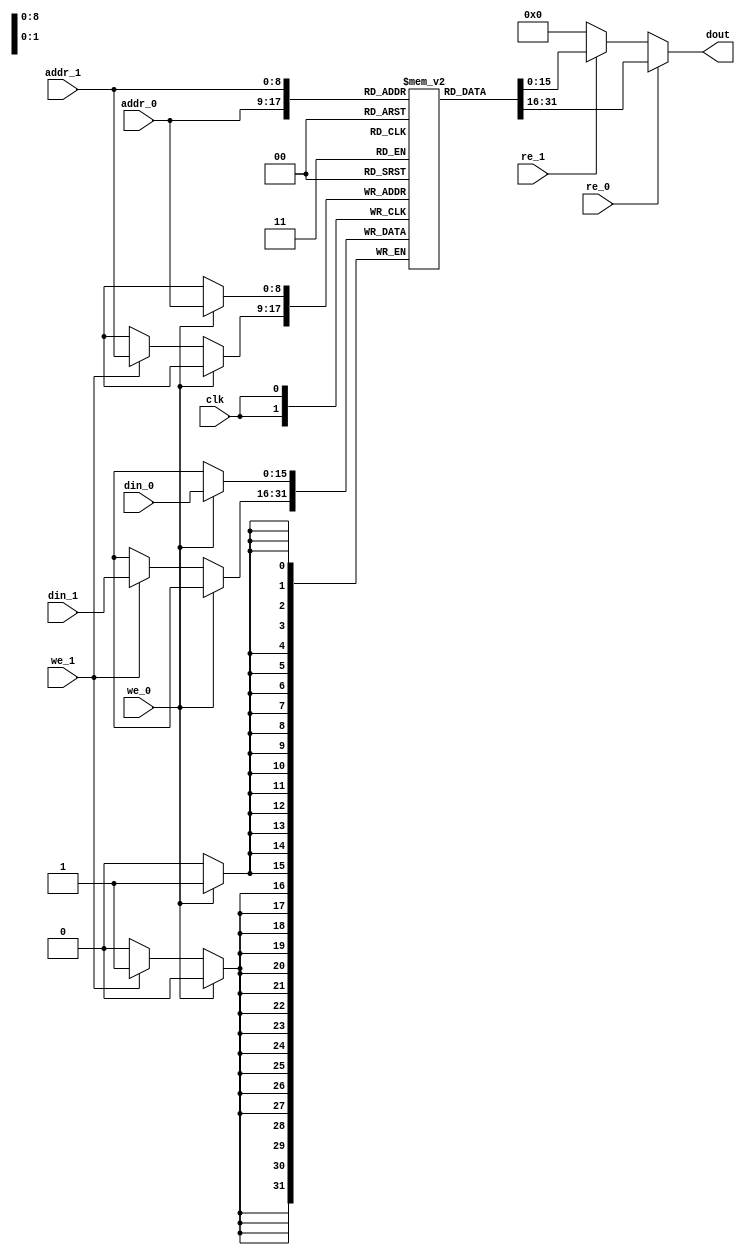
///////////////////////////////////////////////////////////////////////////////////////////////////
// Company: <Name>
//
// File history:
//      <Revision number>: <Date>: <Comments>
//      <Revision number>: <Date>: <Comments>
//      <Revision number>: <Date>: <Comments>
//
// Description: 
//
// <Description here>
//
// Targeted device: <Family::SmartFusion2> <Die::M2S050> <Package::484 FBGA>
//
/////////////////////////////////////////////////////////////////////////////////////////////////// 

`timescale 1ns / 100ps

module ADCMEM_DP (
    input wire clk,

    input wire [8:0] addr_0,
    input wire [15:0] din_0,
    input wire we_0,
    input wire re_0,

    input wire [8:0] addr_1,
    input wire [15:0] din_1,
    input wire we_1,
    input wire re_1,

    output wire [15:0] dout
);

reg [15:0] mem [0:511];

assign dout = (re_0) ? mem[addr_0] : (re_1) ? mem[addr_1] : 16'd0;

always @(posedge clk) begin
    if (we_0)
        mem[addr_0] <= din_0;
    else if (we_1)
        mem[addr_1] <= din_1;

end

endmodule